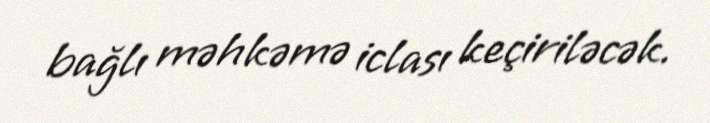
bağlı məhkəmə iclası keçiriləcək.